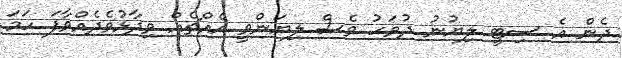
ދެން އެ ސިޓީ ލިޔުނު ދުވަހު ވެސް ލިޔަންވީ އެއްޗެއް ވިދާޅުވެދެއްވާފަ ހަމަ